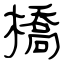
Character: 橋